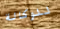
للوكالة